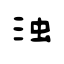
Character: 浊